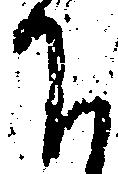
下